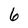
Character: 6